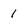
Character: 1